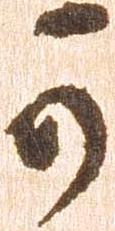
可